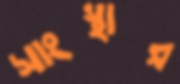
সাংস্থার